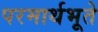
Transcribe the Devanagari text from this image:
परमार्थभूते